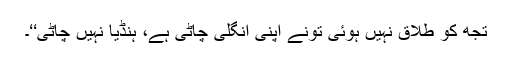
تجھ کو طلاق نہیں ہوئی تُونے اپنی انگلی چاٹی ہے، ہنڈیا نہیں چاٹی‘‘۔